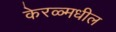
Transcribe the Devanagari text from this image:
केरळ्मधील